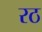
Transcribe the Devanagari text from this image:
रठ